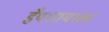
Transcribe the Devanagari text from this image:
हँपशायरला